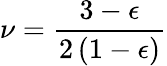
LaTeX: \nu={\frac{3-\epsilon}{2\left(1-\epsilon\right)}}